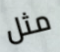
مثل